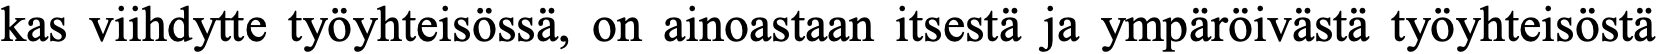
kas viihdytte työyhteisössä, on ainoastaan itsestä ja ympäröivästä työyhteisöstä